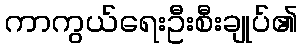
ကာကွယ်ရေးဦးစီးချုပ်၏